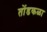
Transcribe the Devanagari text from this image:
तोंडकळा